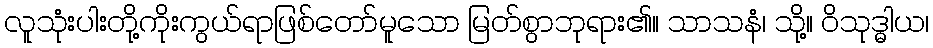
လူသုံးပါးတို့ကိုးကွယ်ရာဖြစ်တော်မူသော မြတ်စွာဘုရား၏။ သာသနံ၊ သို့။ ဝိသုဒ္ဓါယ၊